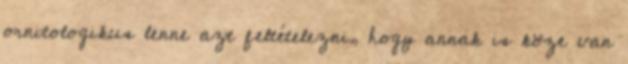
ornitologikus lenne azt feltételezni, hogy annak is köze van